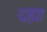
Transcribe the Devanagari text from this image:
दह्या